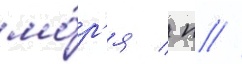
мо́р'я / п //